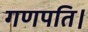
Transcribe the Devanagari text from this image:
गणपति।